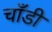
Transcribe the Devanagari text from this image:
चाँडी